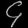
Digit: ၄